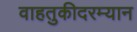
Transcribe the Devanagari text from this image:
वाहतुकीदरम्यान